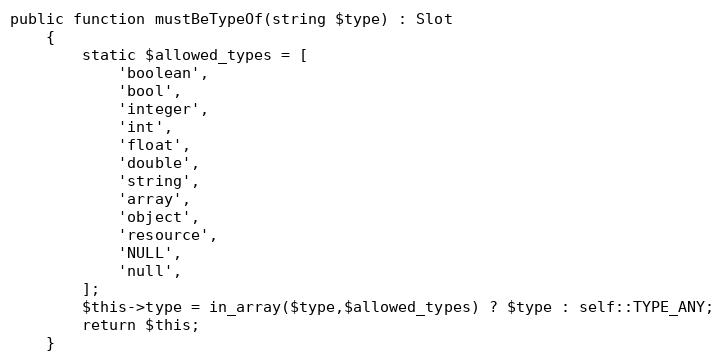
Language: PHP
public function mustBeTypeOf(string $type) : Slot
    {
        static $allowed_types = [
            'boolean',
            'bool',
            'integer',
            'int',
            'float',
            'double',
            'string',
            'array',
            'object',
            'resource',
            'NULL',
            'null',
        ];
        $this->type = in_array($type,$allowed_types) ? $type : self::TYPE_ANY;
        return $this;
    }